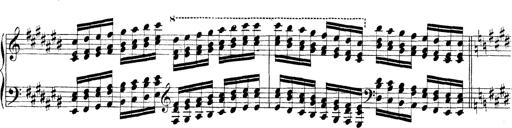
Title: Technische Studien
Composer: Franz Liszt